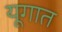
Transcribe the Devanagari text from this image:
यूगात